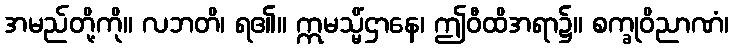
အမည်တို့ကို။ လဘတိ၊ ရ၏။ ဣမသ္မိံဌာနေ၊ ဤဝီထိအရာ၌။ စက္ခုဝိညာဏံ၊